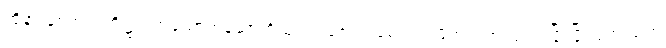
ထိုနားနှစ်ဘက်တို့၌ ဝတ်သောတန်ဆာတို့သည်။ ဇောတရေ၊ ဖိတ်ဖိတ်လက်လျက် ပြိုးပြိုးပြက်လျက်